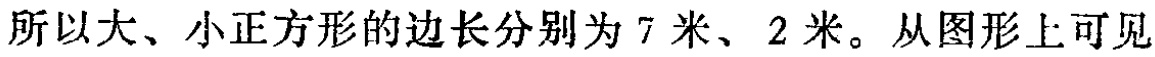
所以大、小正方形的边长分别为 7 米、2 米。从图形上可见